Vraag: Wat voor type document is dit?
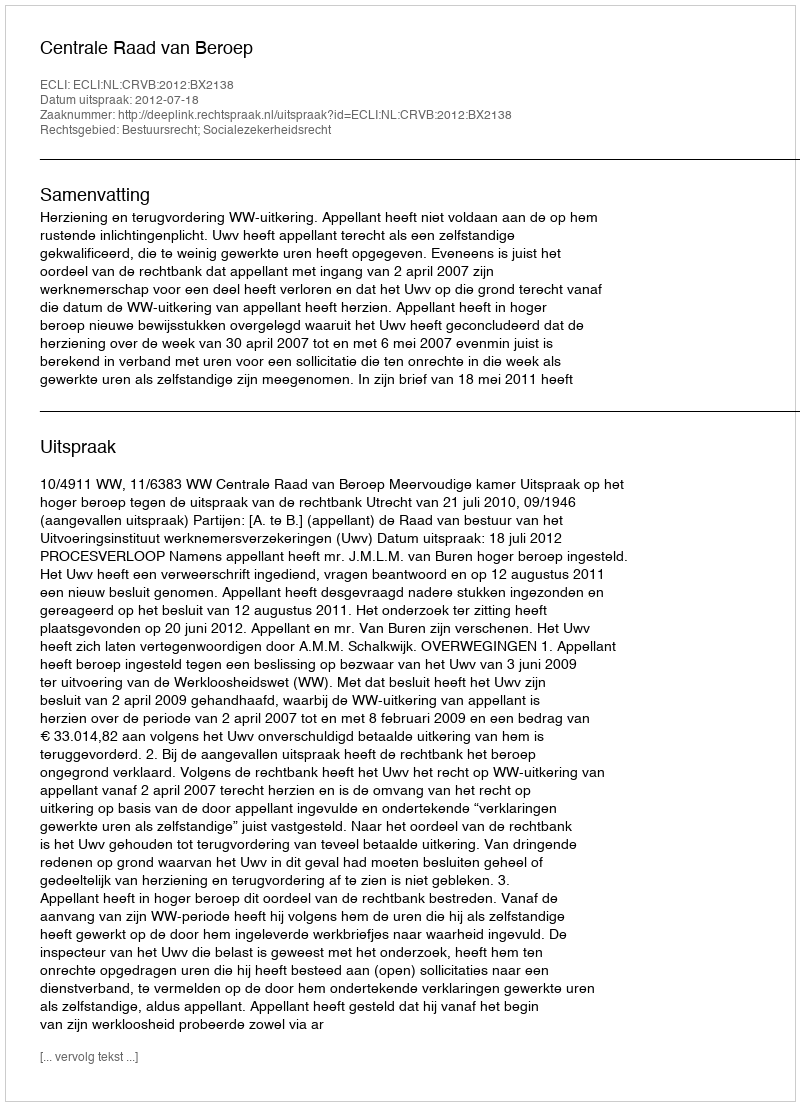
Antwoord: Uitspraak